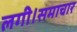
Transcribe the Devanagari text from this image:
लगी।समाचार